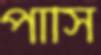
পাসি